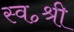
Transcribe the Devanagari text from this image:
स्व॰श्री